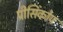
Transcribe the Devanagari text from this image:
प्रीसिंकोप